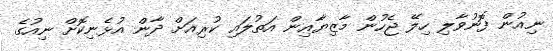
ނިއުން ފޮނުވާލި ހިލޭ ޖެހުން މާޒިޔާއިން އަތުލައި ކުރިއަށް ދާން އުޅެނިކޮށް ނިއުގެ